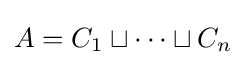
A=C_{1}\sqcup \cdots \sqcup C_{n}